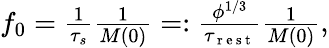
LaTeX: \begin{array}{r}{f_{0}=\frac{1}{\tau_{s}}\frac{1}{M(0)}=:\frac{\phi^{1/3}}{\tau_{\mathrm{~r~e~s~t~}}}\frac{1}{M(0)},}\end{array}